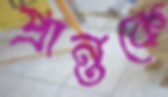
প্রান্তকে